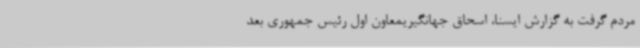
مردم گرفت به گزارش ایسنا، اسحاق جهانگیریمعاون اول رئیس جمهوری بعد